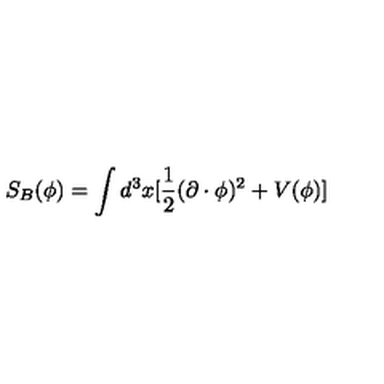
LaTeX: S _ { B } ( \phi ) = \int d ^ { 3 } x [ \frac { 1 } { 2 } ( \partial \cdot \phi ) ^ { 2 } + V ( \phi ) ]